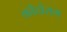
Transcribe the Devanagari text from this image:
कौदोराम